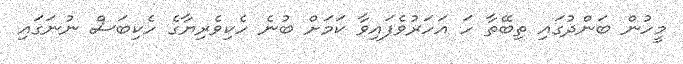
މީހުން ބަންދުގައި ތިބޭތާ ހަ އަހަރުވެފައިވާ ކަމަށް ބުނެ ހެކިވެރިޔާގެ ހެކިބަސް ނުނަގައި